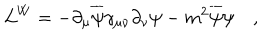
{ \cal L } ^ { W } = - \partial _ { \mu } \overline { { \psi } } \gamma _ { \mu \nu } \partial _ { \nu } \psi - m ^ { 2 } \overline { { \psi } } \psi \quad ,